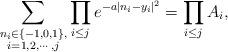
LaTeX: \begin{align*}\sum_{\substack{n_i\in \{-1,0,1\},\\ i=1,2,\cdots, j}} \prod_{i\leq j}e^{-a|n_i-y_i|^2} = \prod_{i\leq j}A_i, \end{align*}